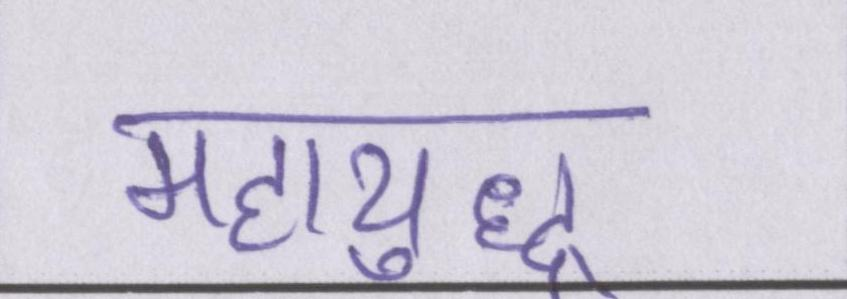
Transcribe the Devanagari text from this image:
महायुद्ध